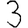
Digit: 3